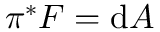
\pi ^ { * } F = \mathrm { d } A